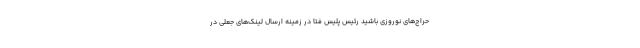
حراج‌های نوروزی باشید رئیس پلیس فتا در زمینه ارسال لینک‌های جعلی در